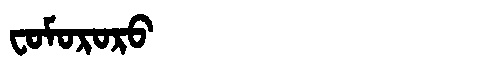
Manchu: ᠸᠣᠮᠣᡵᠣᡵᠣ
Romanization: FOMORORO